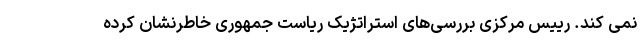
نمی کند. رییس مرکزی بررسی‌های استراتژیک ریاست جمهوری خاطرنشان کرده